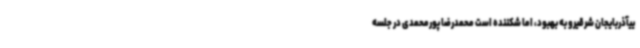
ییآذربایجان شرقیرو به بهبود، اما شکننده است محمدرضا پورمحمدی در جلسه